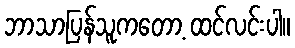
ဘာသာပြန်သူကတော့ ထင်လင်းပါ။